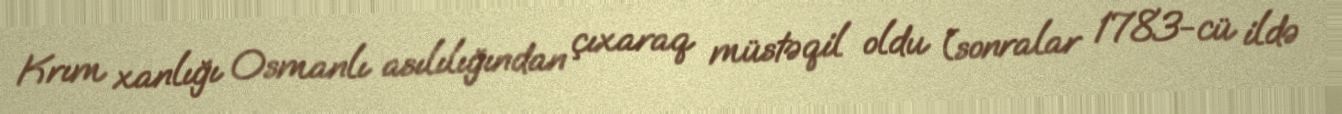
Krım xanlığı Osmanlı asılılığından çıxaraq müstəqil oldu (sonralar 1783-cü ildə